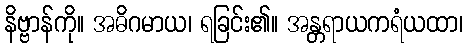
နိဗ္ဗာန်ကို။ အဓိဂမာယ၊ ရခြင်း၏။ အန္တရာယကရံယထာ၊